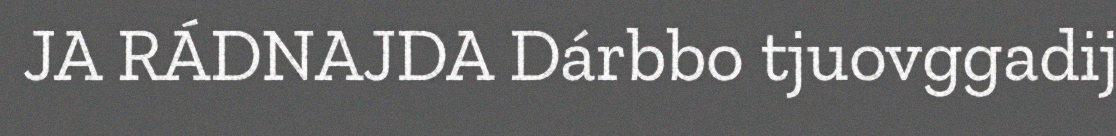
JA RÁDNAJDA Dárbbo tjuovggadij